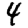
Digit: 4